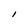
Character: l